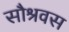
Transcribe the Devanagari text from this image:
सौश्रवस